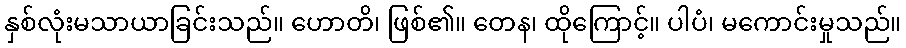
နှစ်လုံးမသာယာခြင်းသည်။ ဟောတိ၊ ဖြစ်၏။ တေန၊ ထိုကြောင့်။ ပါပံ၊ မကောင်းမှုသည်။